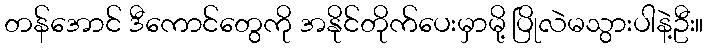
တန်အောင် ဒီကောင်တွေကို အနိုင်တိုက်ပေးမှာမို့ ပြိုလဲမသွားပါနဲ့ဦး။